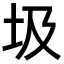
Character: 圾